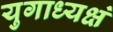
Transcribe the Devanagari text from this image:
युगाध्यक्षं